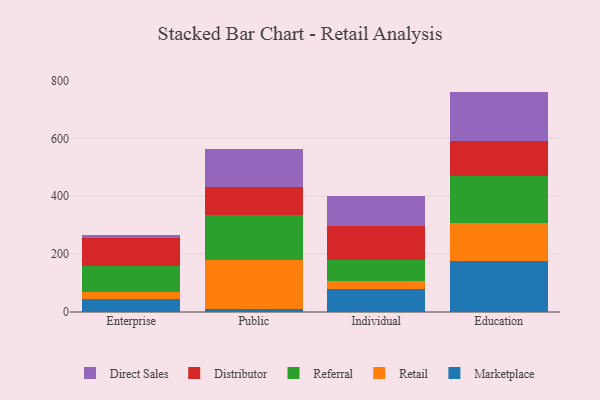
{"axis": {"x": "Segment", "y": "Headcount"}, "legend": ["Direct Sales", "Distributor", "Marketplace", "Referral", "Retail"], "data": [{"x": "Enterprise", "y": 44.6, "type": "Marketplace"}, {"x": "Enterprise", "y": 23.1, "type": "Retail"}, {"x": "Enterprise", "y": 90.1, "type": "Referral"}, {"x": "Enterprise", "y": 98.7, "type": "Distributor"}, {"x": "Enterprise", "y": 9.7, "type": "Direct Sales"}, {"x": "Public", "y": 12.0, "type": "Marketplace"}, {"x": "Public", "y": 166.4, "type": "Retail"}, {"x": "Public", "y": 155.9, "type": "Referral"}, {"x": "Public", "y": 97.4, "type": "Distributor"}, {"x": "Public", "y": 131.0, "type": "Direct Sales"}, {"x": "Individual", "y": 80.9, "type": "Marketplace"}, {"x": "Individual", "y": 25.7, "type": "Retail"}, {"x": "Individual", "y": 72.8, "type": "Referral"}, {"x": "Individual", "y": 116.1, "type": "Distributor"}, {"x": "Individual", "y": 106.2, "type": "Direct Sales"}, {"x": "Education", "y": 177.0, "type": "Marketplace"}, {"x": "Education", "y": 131.5, "type": "Retail"}, {"x": "Education", "y": 160.1, "type": "Referral"}, {"x": "Education", "y": 123.1, "type": "Distributor"}, {"x": "Education", "y": 169.8, "type": "Direct Sales"}]}